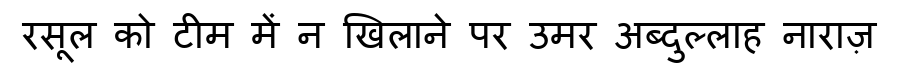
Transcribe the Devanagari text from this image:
रसूल को टीम में न खिलाने पर उमर अब्दुल्लाह नाराज़